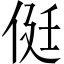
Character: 侹